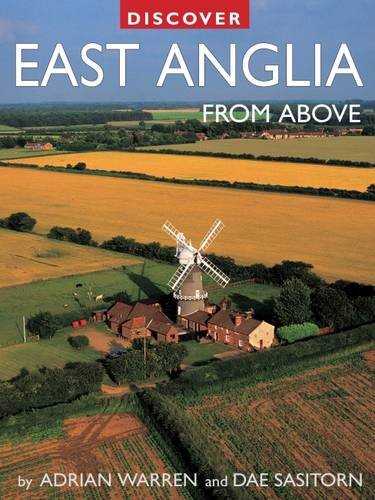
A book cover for Discover East Anglia from Above (Discovery Guides); Adrian Warren; Arts & Photography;